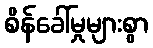
စိန်ခေါ်မှုများစွာ